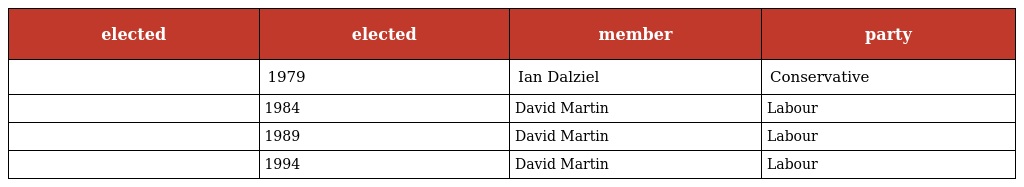
| elected | elected | member | party |
 | --- | --- | --- | --- |
 |  | 1979 | Ian Dalziel | Conservative |
 |  | 1984 | David Martin | Labour |
 |  | 1989 | David Martin | Labour |
 |  | 1994 | David Martin | Labour |